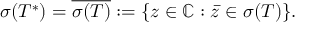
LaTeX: \sigma ( T ^ { * } ) = { \overline { { \sigma ( T ) } } } : = \{ z \in \mathbb { C } : { \bar { z } } \in \sigma ( T ) \} .